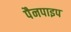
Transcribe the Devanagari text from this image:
पैनपाइप